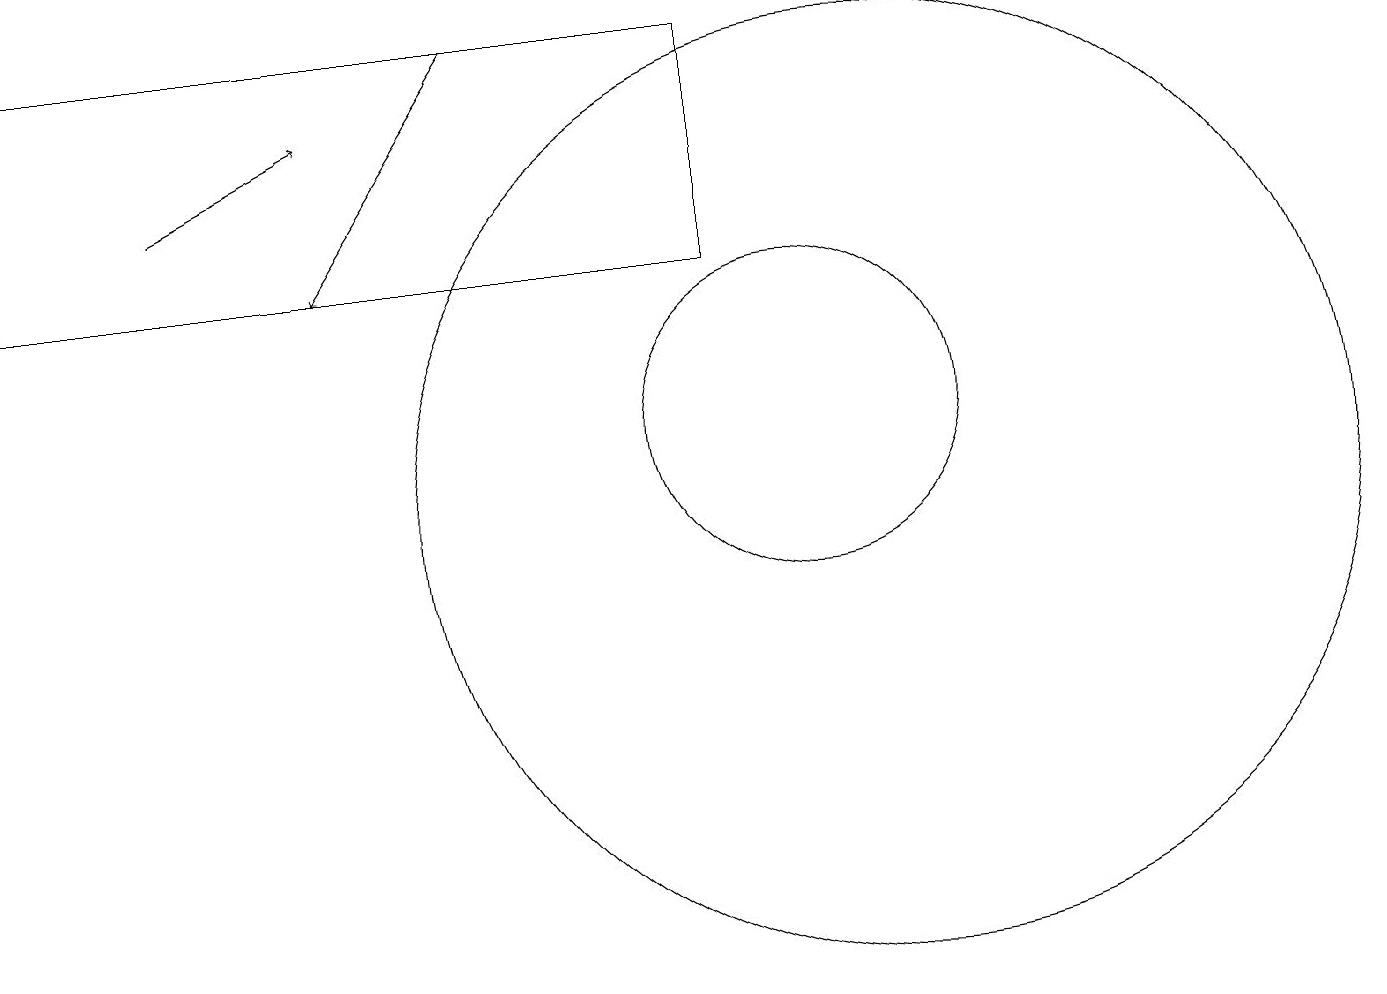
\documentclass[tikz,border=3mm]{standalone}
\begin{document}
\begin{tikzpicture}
\draw (11,10) circle (6);
\draw (10,11) circle (2);
\draw[->] (2,14) -- (4,15);
\draw[->] (6,16) -- (4,13);
\draw (0,13) rectangle (9,16);
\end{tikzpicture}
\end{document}